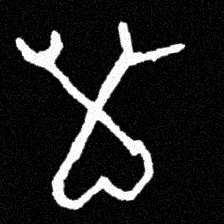
Pyu character \u2014 Myanmar letter: မ (romanized: ma)